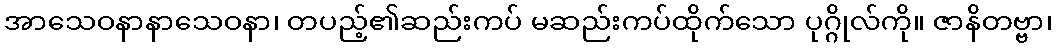
အာသေဝနာနာသေဝနာ၊ တပည့်၏ဆည်းကပ် မဆည်းကပ်ထိုက်သော ပုဂ္ဂိုလ်ကို။ ဇာနိတဗ္ဗာ၊